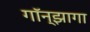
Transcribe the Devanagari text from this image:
गॉन्झागा